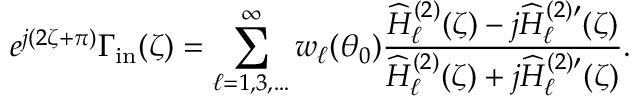
e ^ { j ( 2 \zeta + \pi ) } \Gamma _ { \mathrm { i n } } ( \zeta ) = \sum _ { \ell = 1 , 3 , \ldots } ^ { \infty } w _ { \ell } ( \theta _ { 0 } ) \frac { \widehat { H } _ { \ell } ^ { ( 2 ) } ( \zeta ) - j \widehat { H } _ { \ell } ^ { ( 2 ) \prime } ( \zeta ) } { \widehat { H } _ { \ell } ^ { ( 2 ) } ( \zeta ) + j \widehat { H } _ { \ell } ^ { ( 2 ) \prime } ( \zeta ) } .